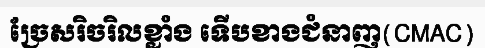
ច្រែសរិចរិលខ្លាំង ទើបខាងជំនាញ(CMAC)